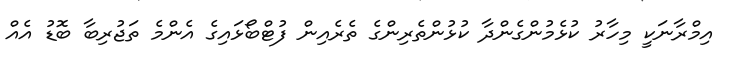
އިމްރާނަކީ މިހާރު ކުޅެމުންގެންދާ ކުޅުންތެރިންގެ ތެރެއިން ފުޓްބޯޅައިގެ އެންމެ ތަޖުރިބާ ބޮޑު އެއް